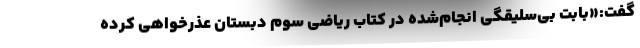
گفت:«بابت بی‌سلیقگی انجام‌شده در کتاب ریاضی سوم دبستان عذرخواهی کرده